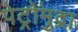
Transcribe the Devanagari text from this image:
पेट्रोमुद्रा